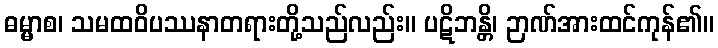
ဓမ္မာစ၊ သမထဝိပဿနာတရားတို့သည်လည်း။ ပဋိဘန္တိ၊ ဉာဏ်အားထင်ကုန်၏။